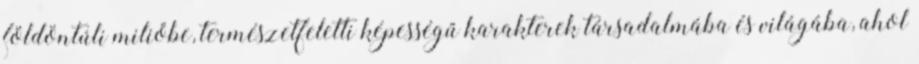
földöntúli miliőbe, természetfeletti képességű karakterek társadalmába és világába, ahol